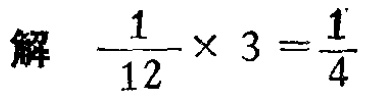
解 \(\frac{1}{12} \times 3 = \frac{1}{4}\)